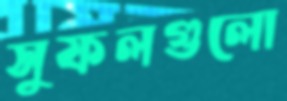
সুফলগুলো